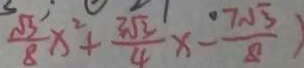
\frac { \sqrt { 3 } } { 8 } x ^ { 2 } + \frac { 3 \sqrt { 3 } } { 4 } x - \frac { 7 \sqrt { 3 } } { 8 } )